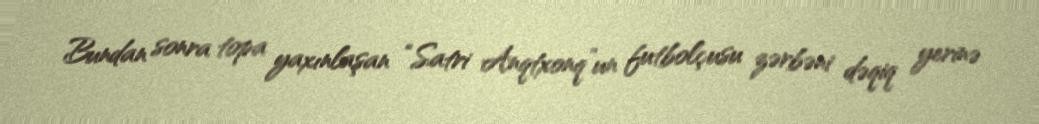
Bundan sonra topa yaxınlaşan “Satri Anqtxonq”un futbolçusu zərbəni dəqiq yerinə